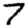
Digit: 7